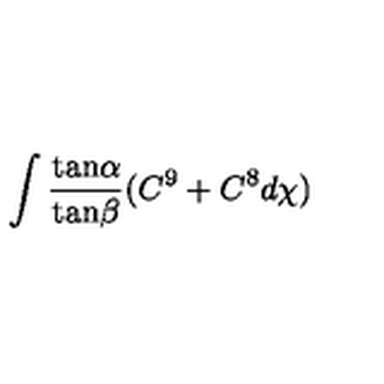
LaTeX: \int \frac { \mathrm { t a n } \alpha } { \mathrm { t a n } \beta } ( C ^ { 9 } + C ^ { 8 } d \chi )